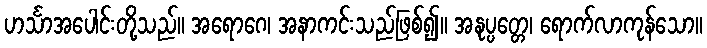
ဟင်္သာအပေါင်းတို့သည်။ အရောဂေ၊ အနာကင်းသည်ဖြစ်၍။ အနုပ္ပတ္တေ၊ ရောက်လာကုန်သော။